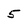
Character: 5